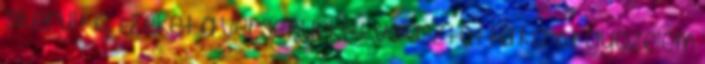
sikerült is. Ezeket a versenyeket választotta ko. Öt győzelem